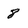
Character: 8